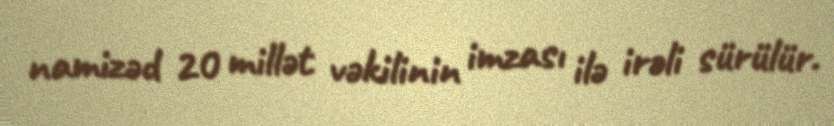
namizəd 20 millət vəkilinin imzası ilə irəli sürülür.